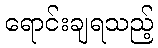
ရောင်းချရသည့်